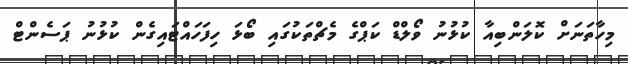
މިހާތަނަށް ކޮލަންބިއާ ކުޅުނު ވޯލްޑް ކަޕްގެ މެޗްތަކުގައި ބޯޅަ ހިފަހައްޓައިގެން ކުޅުނު ޕަސެންޓް